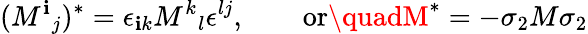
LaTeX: (M^{\mathbf{i}}{}_{j})^{*}=\epsilon_{\mathbf{i}k}M^{k}{}_{l}\epsilon^{lj},\qquad\mathrm{{or}}\quadM^{*}=-\sigma_{2}M\sigma_{2}